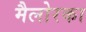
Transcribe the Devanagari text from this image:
मैलोरका